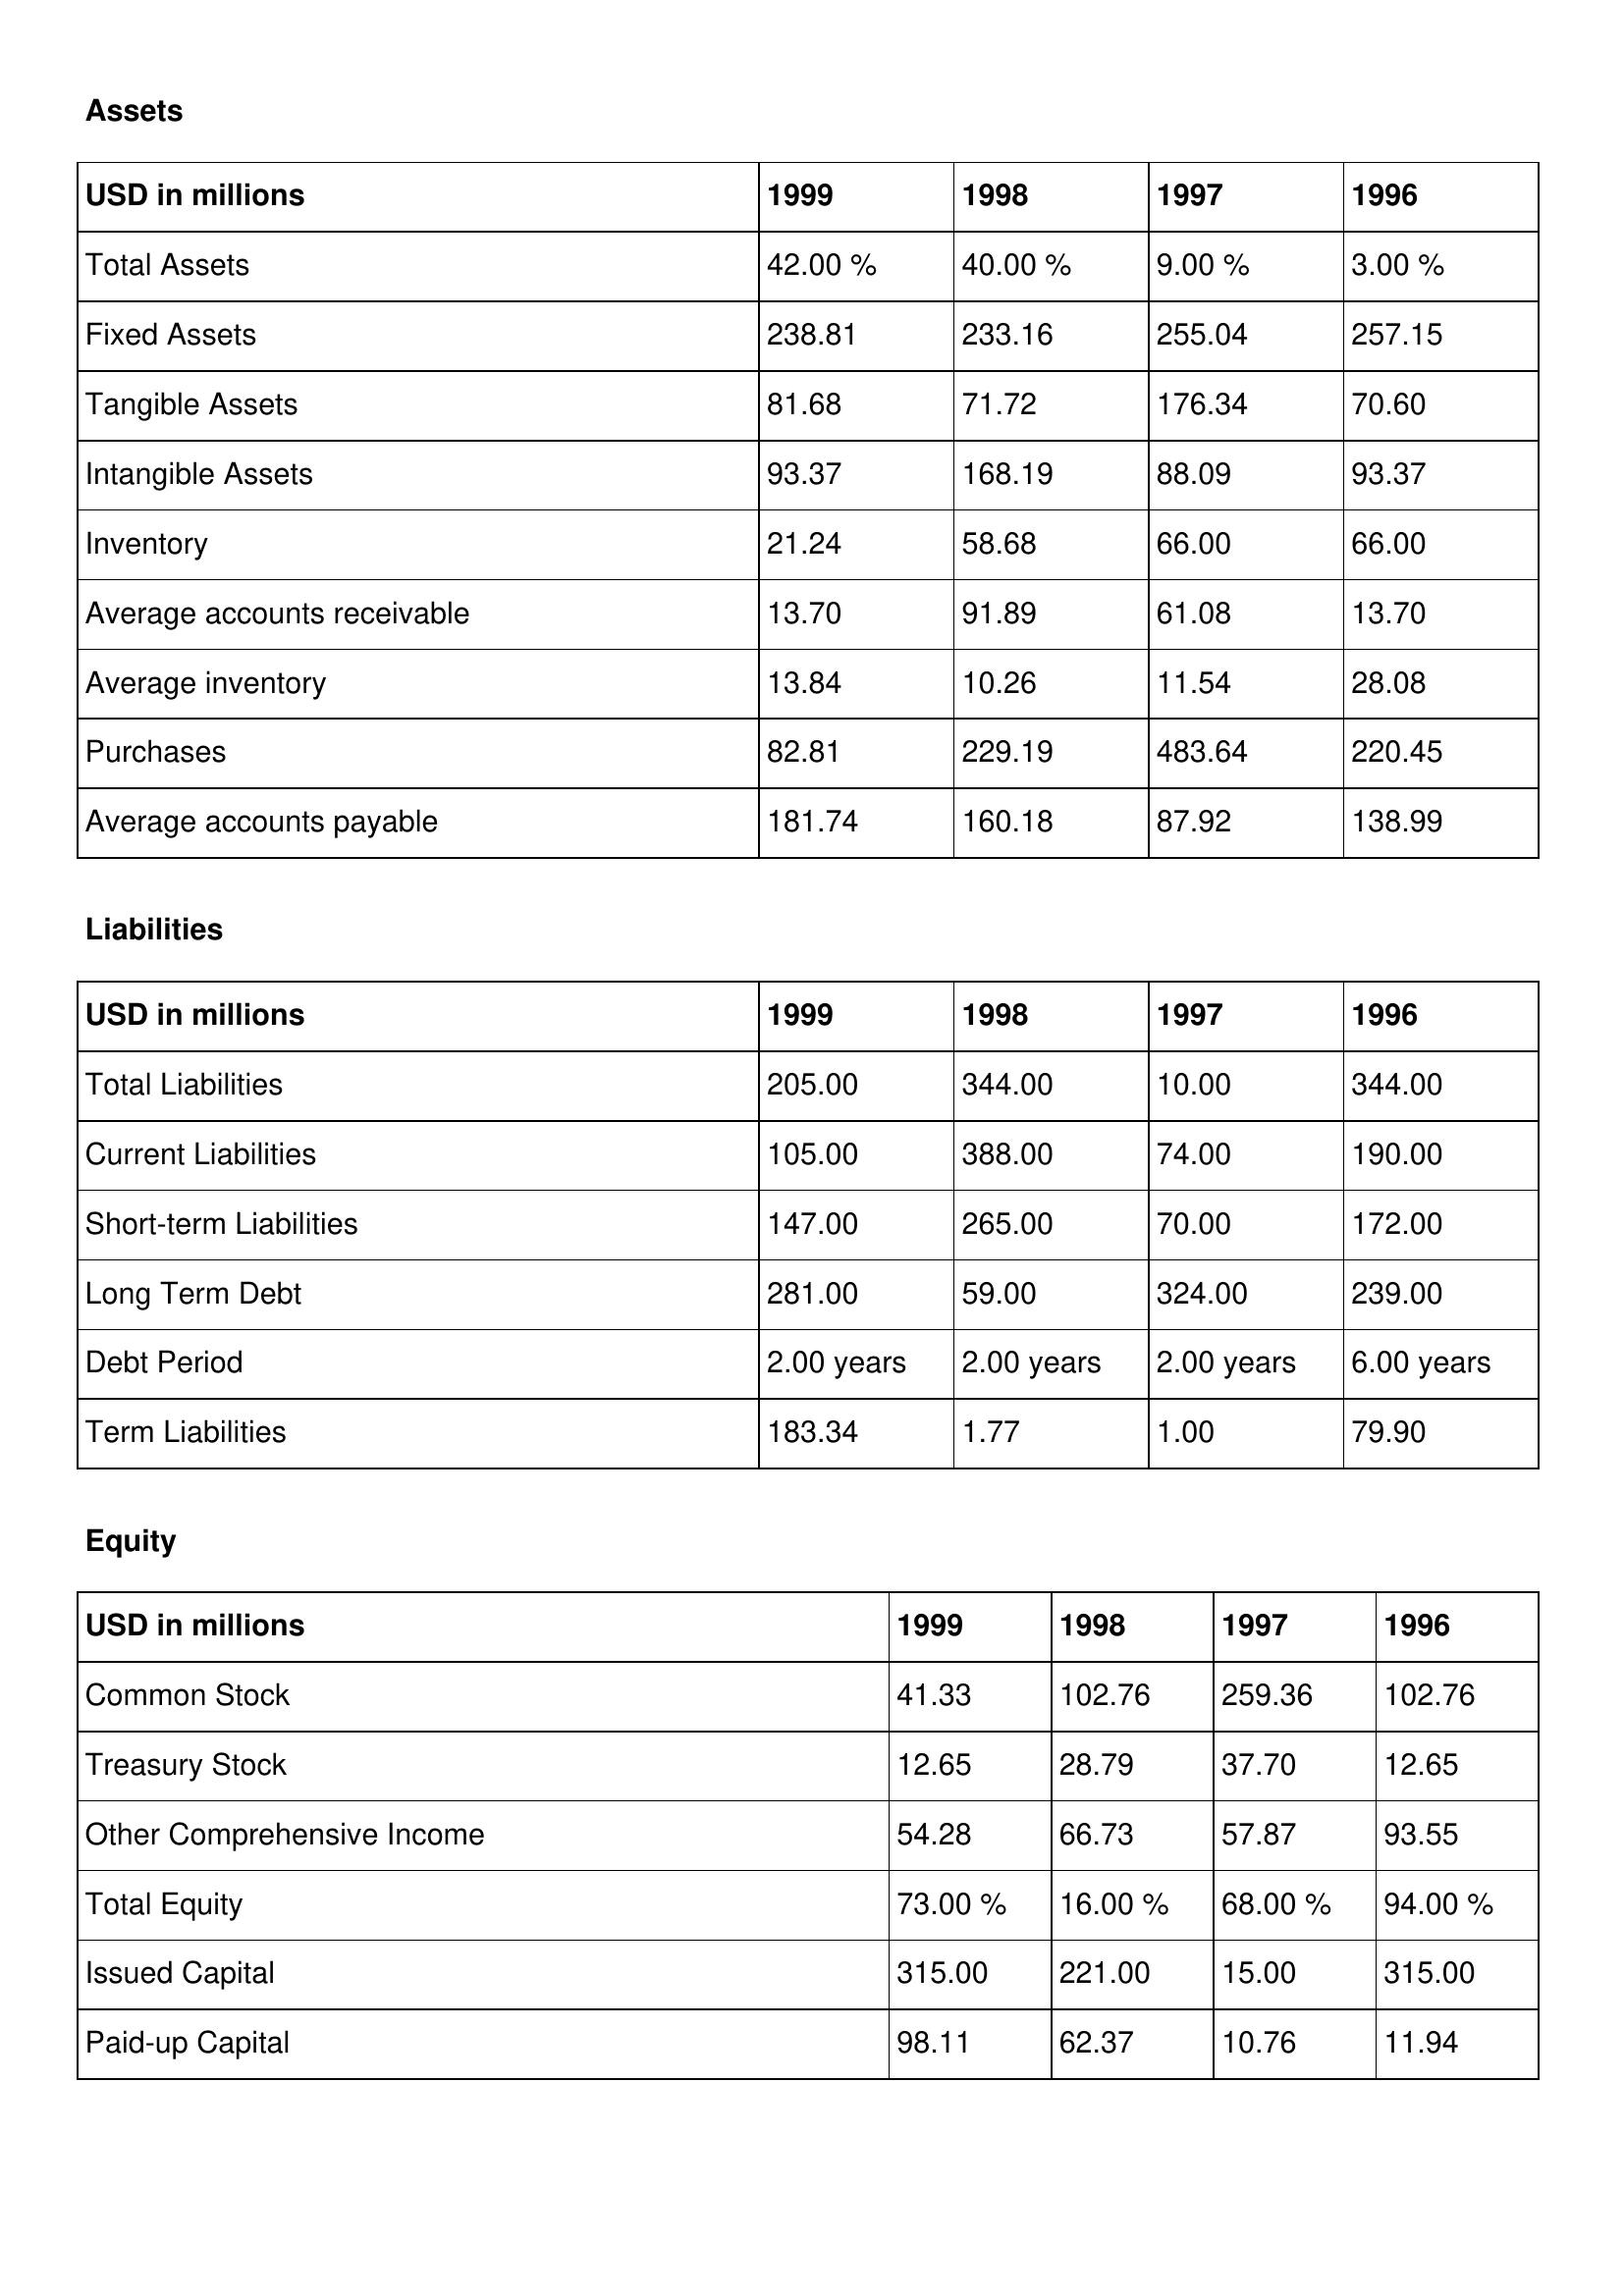
gt_parse: 1999: Assets: Total Assets: 42.00 %
Fixed Assets: 238.81
Tangible Assets: 81.68
Intangible Assets: 93.37
Inventory: 21.24
Average accounts receivable: 13.70
Average inventory: 13.84
Purchases: 82.81
Average accounts payable: 181.74
Liabilities: Total Liabilities: 205.00
Current Liabilities: 105.00
Short-term Liabilities: 147.00
Long Term Debt: 281.00
Debt Period: 2.00 years
Term Liabilities: 183.34
Equity: Common Stock: 41.33
Treasury Stock: 12.65
Other Comprehensive Income: 54.28
Total Equity: 73.00 %
Issued Capital: 315.00
Paid-up Capital: 98.11
1998: Assets: Total Assets: 40.00 %
Fixed Assets: 233.16
Tangible Assets: 71.72
Intangible Assets: 168.19
Inventory: 58.68
Average accounts receivable: 91.89
Average inventory: 10.26
Purchases: 229.19
Average accounts payable: 160.18
Liabilities: Total Liabilities: 344.00
Current Liabilities: 388.00
Short-term Liabilities: 265.00
Long Term Debt: 59.00
Debt Period: 2.00 years
Term Liabilities: 1.77
Equity: Common Stock: 102.76
Treasury Stock: 28.79
Other Comprehensive Income: 66.73
Total Equity: 16.00 %
Issued Capital: 221.00
Paid-up Capital: 62.37
1997: Assets: Total Assets: 9.00 %
Fixed Assets: 255.04
Tangible Assets: 176.34
Intangible Assets: 88.09
Inventory: 66.00
Average accounts receivable: 61.08
Average inventory: 11.54
Purchases: 483.64
Average accounts payable: 87.92
Liabilities: Total Liabilities: 10.00
Current Liabilities: 74.00
Short-term Liabilities: 70.00
Long Term Debt: 324.00
Debt Period: 2.00 years
Term Liabilities: 1.00
Equity: Common Stock: 259.36
Treasury Stock: 37.70
Other Comprehensive Income: 57.87
Total Equity: 68.00 %
Issued Capital: 15.00
Paid-up Capital: 10.76
1996: Assets: Total Assets: 3.00 %
Fixed Assets: 257.15
Tangible Assets: 70.60
Intangible Assets: 93.37
Inventory: 66.00
Average accounts receivable: 13.70
Average inventory: 28.08
Purchases: 220.45
Average accounts payable: 138.99
Liabilities: Total Liabilities: 344.00
Current Liabilities: 190.00
Short-term Liabilities: 172.00
Long Term Debt: 239.00
Debt Period: 6.00 years
Term Liabilities: 79.90
Equity: Common Stock: 102.76
Treasury Stock: 12.65
Other Comprehensive Income: 93.55
Total Equity: 94.00 %
Issued Capital: 315.00
Paid-up Capital: 11.94